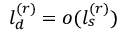
l _ { d } ^ { ( r ) } = o ( l _ { s } ^ { ( r ) } )